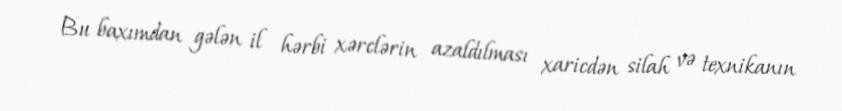
Bu baxımdan gələn il hərbi xərclərin azaldılması xaricdən silah və texnikanın